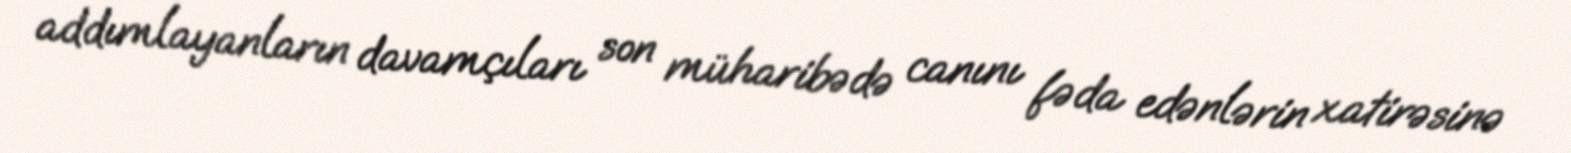
addımlayanların davamçıları son müharibədə canını fəda edənlərin xatirəsinə